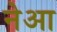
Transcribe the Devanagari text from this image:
नेआ